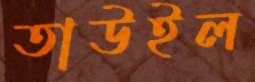
তাউইল